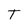
Character: T